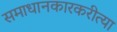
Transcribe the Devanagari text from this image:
समाधानकारकरीत्या